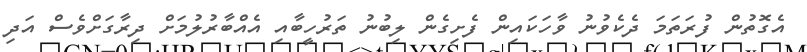
އެގޮތުން ފުރަތަމަ ދެކެވުނު ވާހަކައިން ފެށިގެން ލިބުނު ތަރުހީބާއި އެއްބާރުލުމަށް ދިރާގަށްވެސް އަދި